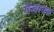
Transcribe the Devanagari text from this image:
गेंडाल्फ